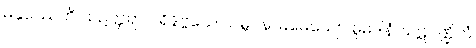
မနုဿေဟိ သဥတ္တရာ ပရိနိဗ္ဗယေ သမ္ဘဝနာမဓေယျော ဓူမဒါနံ ဃဋပဏ္ဍိတံ